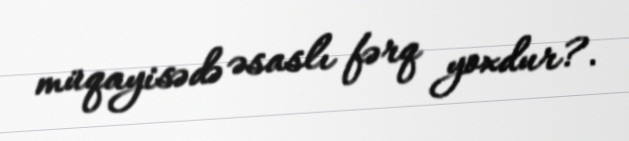
müqayisədə əsaslı fərq yoxdur?.